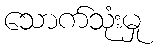
သောက်သုံးမှု